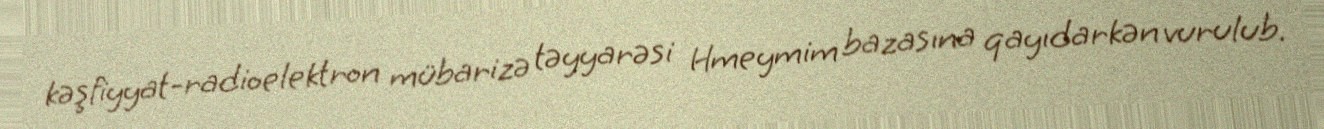
kəşfiyyat-radioelektron mübarizə təyyarəsi Hmeymim bazasına qayıdarkən vurulub.